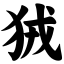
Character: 狨